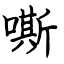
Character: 嘶